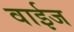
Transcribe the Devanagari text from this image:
वाईज